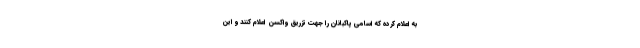
به اعلام کرده که اسامی پاکبانان را جهت تزریق واکسن اعلام کنند و این